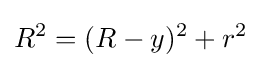
R^{2}=(R-y)^{2}+r^{2}